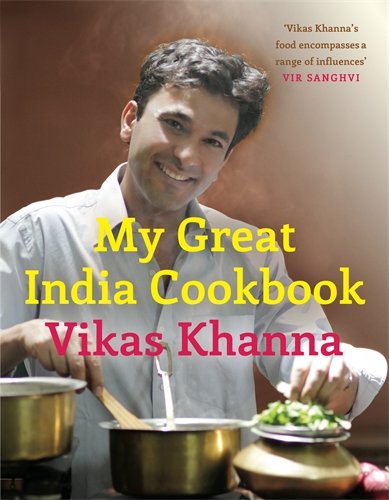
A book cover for My Great India Cookbook; Vikas Khanna; Cookbooks, Food & Wine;